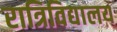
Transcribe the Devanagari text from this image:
रात्रिविद्यालय